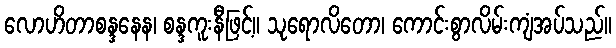
လောဟိတာစန္ဒနေန၊ စန္ဒကူးနီဖြင့်။ သုရောလိတော၊ ကောင်းစွာလိမ်းကျံအပ်သည်။